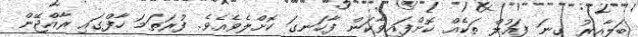
ބަލާއިރު ގިނަ ފައުލް ތަކެއް ކޮށްފައިވާކަން ފާހަނގަ ކޮށްލެވެއެވެ. ފުރަތަމަ ހާފްގައި ރާއްޖޭން